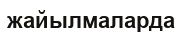
жайылмаларда